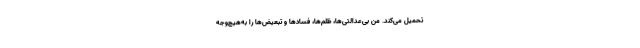
تحمیل می‌کند. من بی‌عدالتی‌ها، ظلم‌ها، فسادها و تبعیض‌ها را به‌هیچ‌وجه